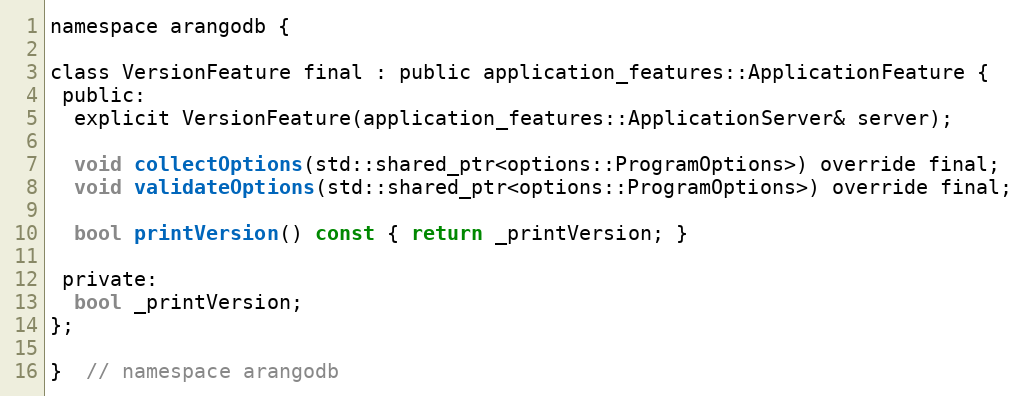
Language: C
namespace arangodb {

class VersionFeature final : public application_features::ApplicationFeature {
 public:
  explicit VersionFeature(application_features::ApplicationServer& server);

  void collectOptions(std::shared_ptr<options::ProgramOptions>) override final;
  void validateOptions(std::shared_ptr<options::ProgramOptions>) override final;

  bool printVersion() const { return _printVersion; }

 private:
  bool _printVersion;
};

}  // namespace arangodb